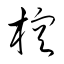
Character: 椌